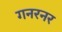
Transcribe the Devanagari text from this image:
गनरनर